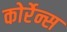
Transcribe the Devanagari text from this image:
कोर्रेन्स